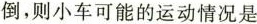
倒，则小车可能的运动情况是